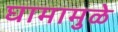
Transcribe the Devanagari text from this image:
घामामुळे